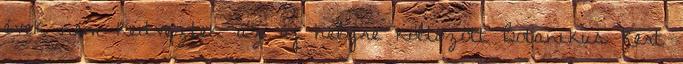
évek nem kedveztek az új helyre költözött Botanikus Kert